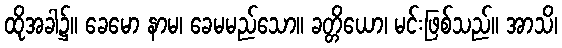
ထိုအခါ၌။ ခေမော နာမ၊ ခေမမည်သော။ ခတ္တိယော၊ မင်းဖြစ်သည်။ အာသိ၊